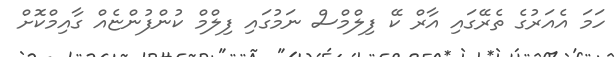
ހަމަ އެއަރުގެ ތެރޭގައި އާރް ކޭ ފިލްމްސް ނަމުގައި ފިލްމް ކުންފުންޏެއް ގާއިމްކޮށް